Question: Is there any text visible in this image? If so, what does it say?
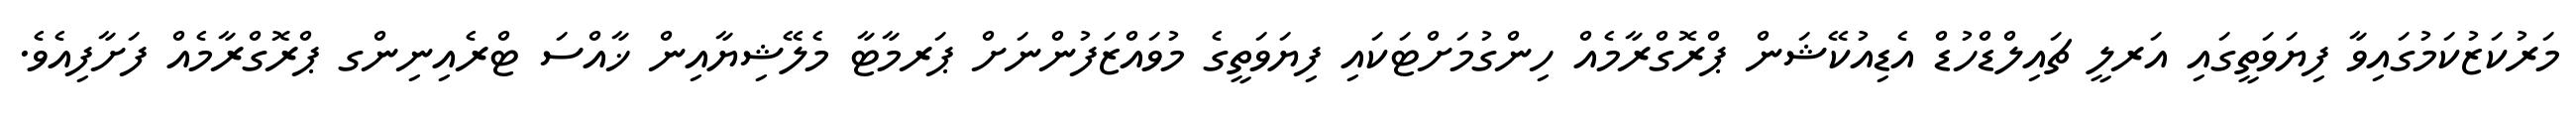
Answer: މަރުކަޒުކަމުގައިވާ ފިޔަވަތީގައި އަރލީ ޗައިލްޑްހުޑް އެޑިއުކޭޝަން ޕްރޮގްރާމެއް ހިންގުމަށްޓަކައި ފިޔަވަތީގެ މުވައްޒަފުންނަށް ޕަރމާޓާ މެލޭޝިޔާއިން ޚާއްސަ ޓްރެއިނިންގ ޕްރޮގްރާމެއް ފަށާފިއެވެ.